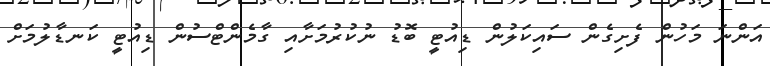
އަންނަ މަހުން ފެށިގެން ސައިކަލުން ޑިއުޓީ ބޮޑު ނުކުރުމަށާއި ގާމެންޓްސުން ޑިއުޓީ ކަނޑާލުމަށް